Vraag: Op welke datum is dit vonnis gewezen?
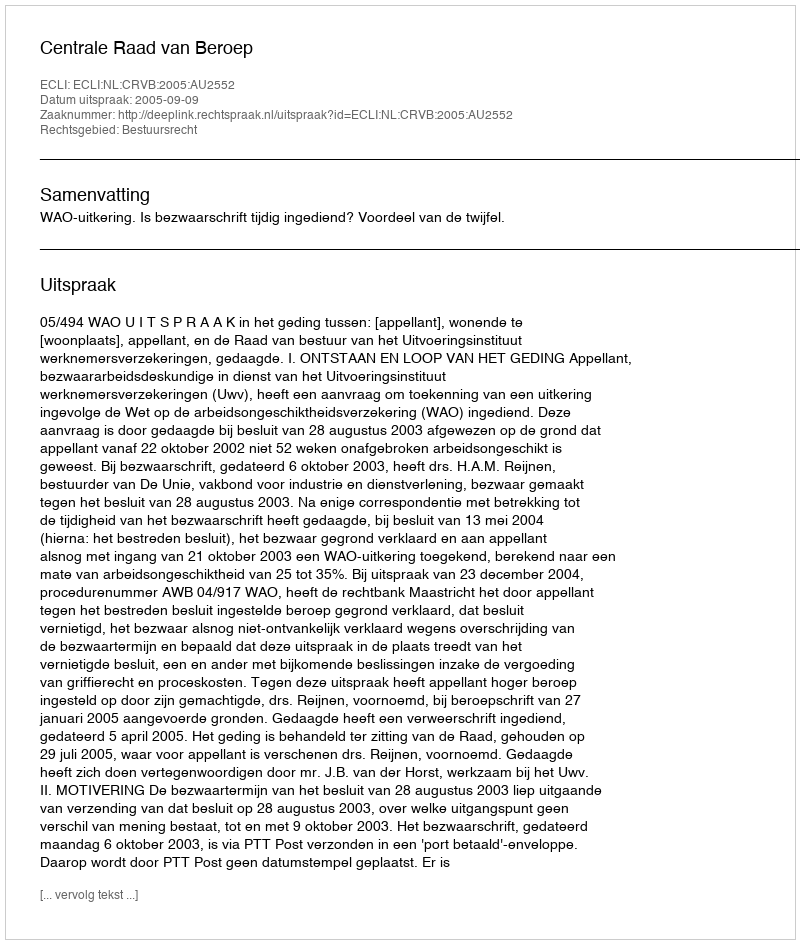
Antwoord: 2005-09-09